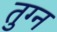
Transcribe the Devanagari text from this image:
तुग्न